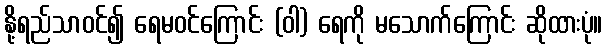
နို့ရည်သာဝင်၍ ရေမဝင်ကြောင်း (ဝါ) ရေကို မသောက်ကြောင်း ဆိုထားပုံ။